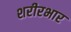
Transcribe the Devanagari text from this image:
शरीरभार